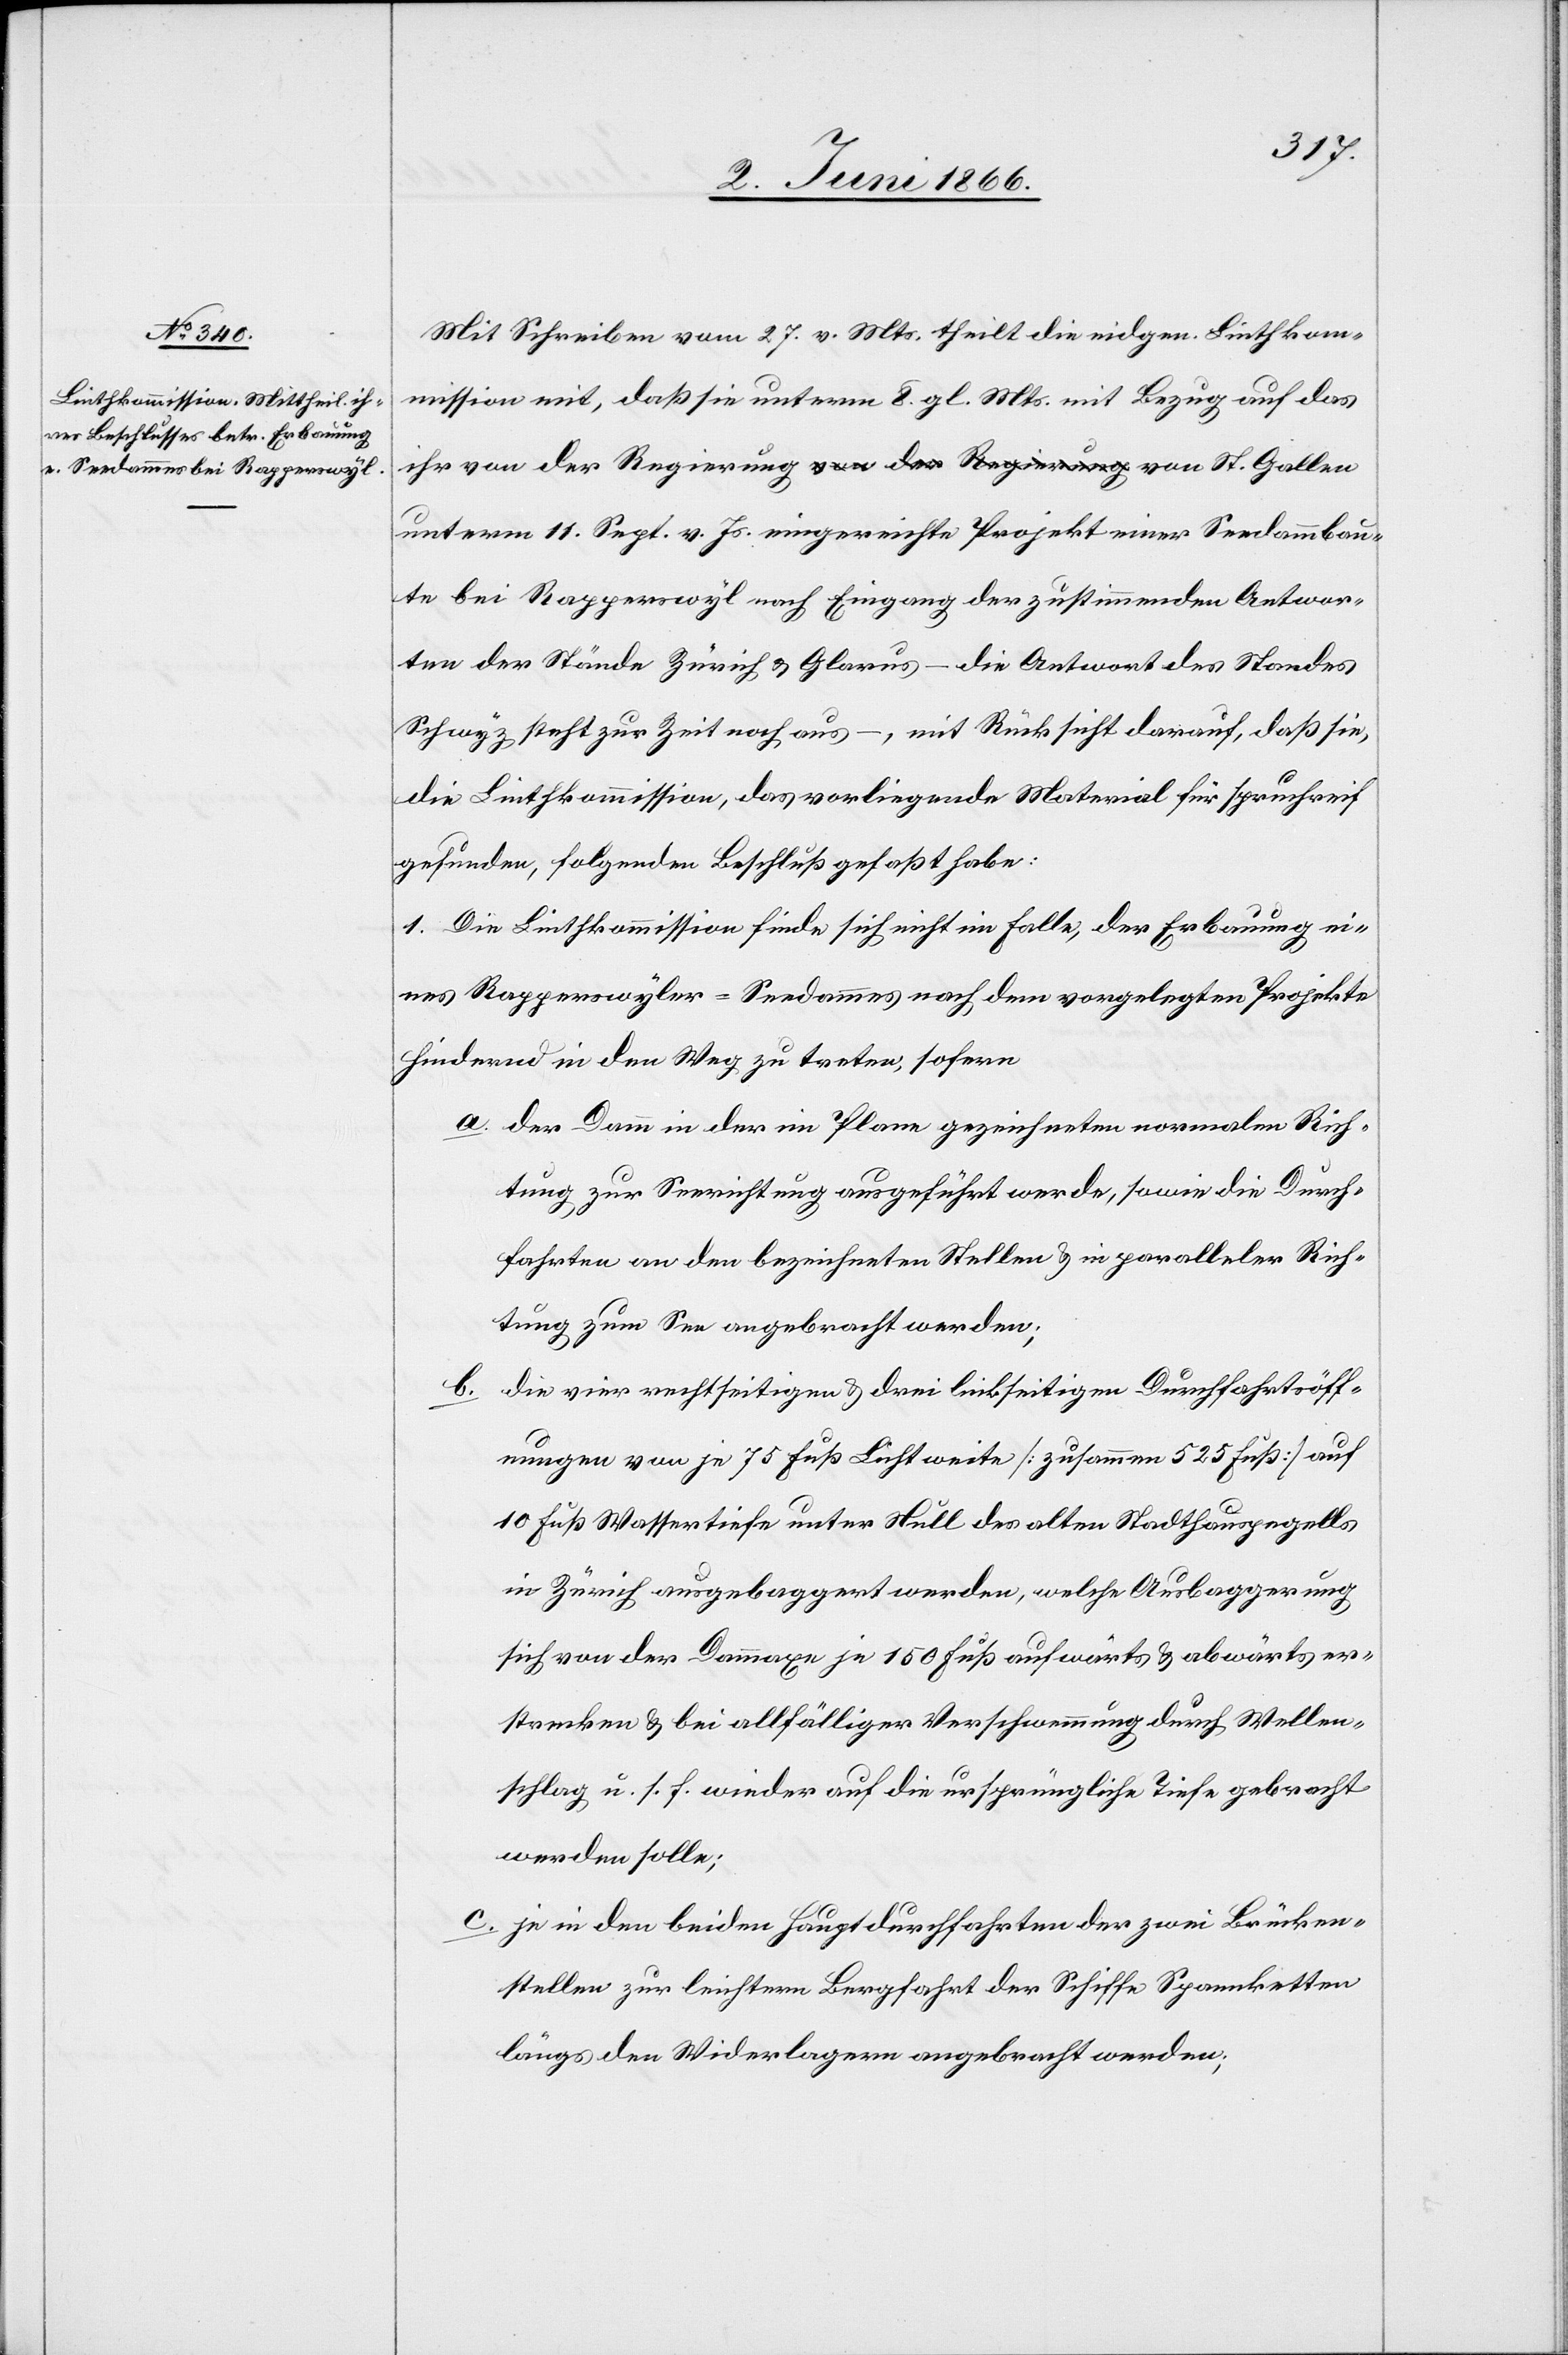
Seedammbau¬
Mit Schreiben vom 27. v. Mts. theilt die eidgen. Linthkom¬
mission mit, daß sie unterm 8. gl. Mts. mit Bezug auf das
ihr von der Regierung von St. Gallen unterm 11. Sept.
te bei Rapperswyl nach Eingang der zustimmenden Antwor¬
ten der Stände Zürich u. Glarus – die Antwort des Standes
Schwyz steht zur Zeit noch aus –, mit Rücksicht darauf, daß sie,
die Linthkommission, das vorliegende Material für spruchreif
gefunden, folgenden Beschluß gefaßt habe:
1. Die Linthkommission finde sich nicht im Falle, der Erbauung ei¬
nes Rapperswyler-Seedammes nach dem vorgelegten Projekte
hindernd in den Weg zu treten, sofern
a. der Damm in der im Plane gezeichneten normalen Rich¬
tung zur Seerichtung ausgeführt werde, sowie die Durch¬
fahrten an den bezeichneten Stellen u. in paralleler Rich¬
tung zum See angebracht werden.
b. die vier rechtseitigen u. drei linkseitigen Durchfahrtsöff¬
nungen von je 75 Fuß Lichtweite [zusammen 525 Fuß] auf
10 Fuß Wassertief unter Null des alten Stadthauspegells
in Zürich ausgebaggert werden, welche Ausbaggerung
sich von der Dommage je 150 Fuß aufwärts u. abwärts er¬
strecken u. bei allfälliger Verschwemmung durch Wellen¬
schlag u. s. f. wieder auf die ursprüngliche Tiefe gebracht
werden solle;
c. je in den beiden Hauptdurchfahrten der zwei Brücken¬
stellen zur leichtern Bergfahrt der Schiffe Spannketten
längs den Widerlagern angebracht werden;